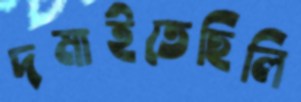
দমাইতেছিলি